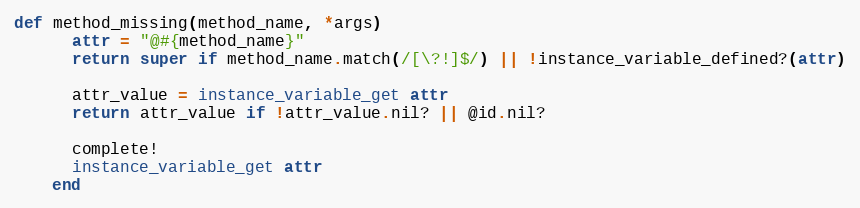
Language: Ruby
def method_missing(method_name, *args)
      attr = "@#{method_name}"
      return super if method_name.match(/[\?!]$/) || !instance_variable_defined?(attr)

      attr_value = instance_variable_get attr
      return attr_value if !attr_value.nil? || @id.nil?

      complete!
      instance_variable_get attr
    end